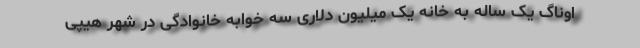
اوناگ یک ساله به خانه یک میلیون دلاری سه خوابه خانوادگی در شهر هیپی